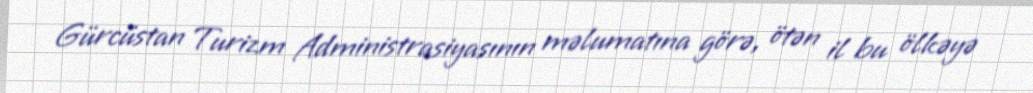
Gürcüstan Turizm Administrasiyasının məlumatına görə, ötən il bu ölkəyə